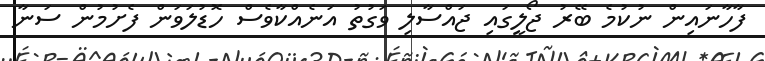
ފާހާނައިން ނުކުމެ ބޭރު ޖޯލީގައި ޖައްސާލި ވަގުތު އަނެއްކާވެސް ހޮޑުލަވަން ފެށުމުން ސަނާ